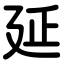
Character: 延